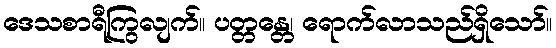
ဒေသစာရီကြွလျက်။ ပတ္တန္တေ၊ ရောက်လာသည်ရှိသော်။